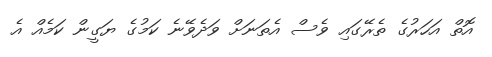
އޮތް އަހަރުގެ ތެރޭގައި ވެސް އެތަނަށް ވަދެވޭނެ ކަމުގެ ޔަގީން ކަމެއް އެ